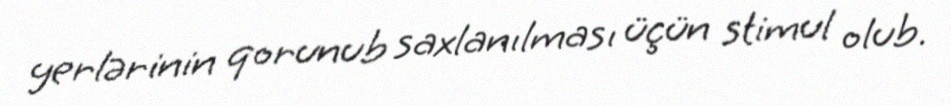
yerlərinin qorunub saxlanılması üçün stimul olub.